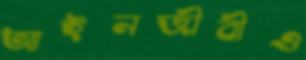
আইনজীবীও